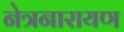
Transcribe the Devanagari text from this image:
नेत्रनारायण